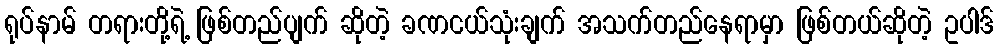
ရုပ်နာမ် တရားတို့ရဲ့ ဖြစ်တည်ပျက် ဆိုတဲ့ ခဏငယ်သုံးချက် အသက်တည်နေရာမှာ ဖြစ်တယ်ဆိုတဲ့ ဥပါဒ်